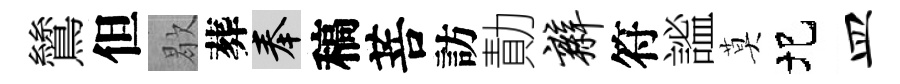
鷥但歇葬奉稿菩訪勣辫符謐莫圯皿